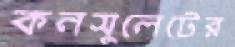
কনসুলেটের